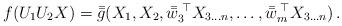
LaTeX: \begin{align*}f(U_1U_2X)=\bar{\bar g}(X_1,X_2,\bar{\bar w}_3^{\;\top} X_{3\ldots n},\ldots,\bar{\bar w}_m^{\;\top} X_{3\ldots n})\,.\end{align*}